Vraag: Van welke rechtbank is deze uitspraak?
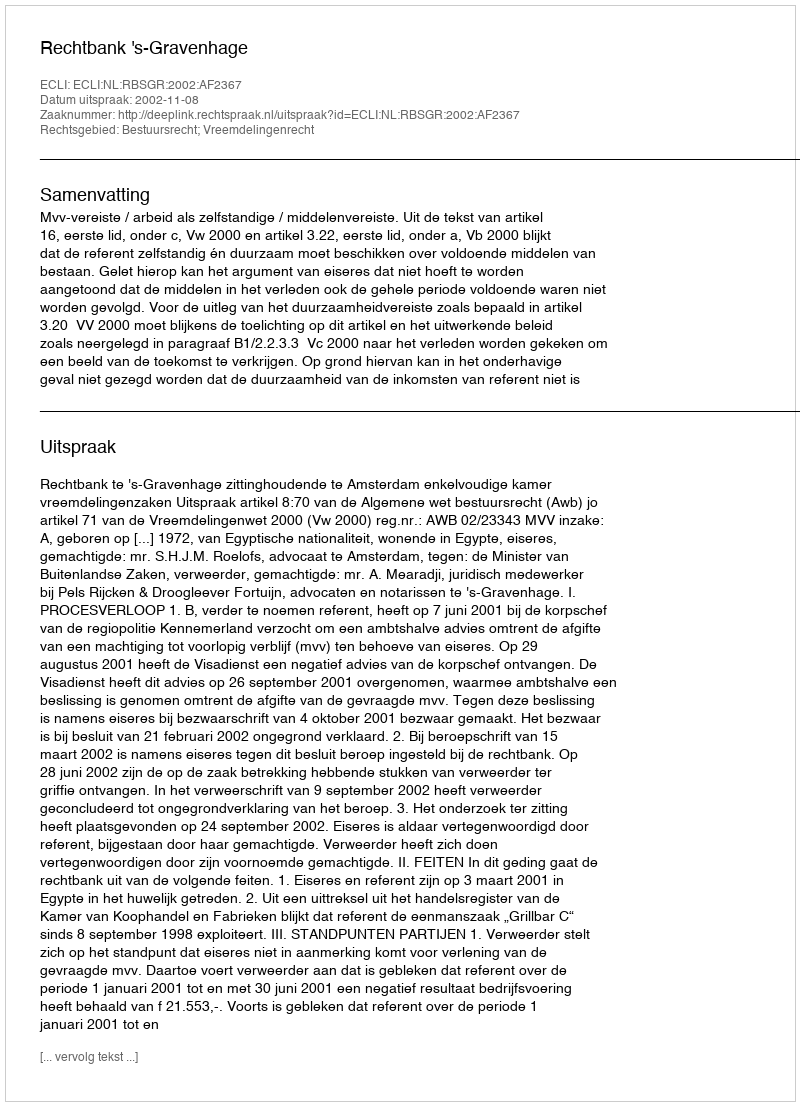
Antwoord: Rechtbank 's-Gravenhage